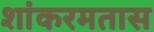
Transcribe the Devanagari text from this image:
शांकरमतास